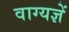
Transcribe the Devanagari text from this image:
वाग्यज्ञें